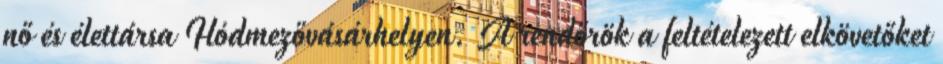
nő és élettársa Hódmezővásárhelyen. A rendőrök a feltételezett elkövetőket